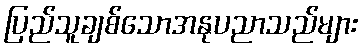
ပြည်သူချစ်သောအနုပညာသည်များ